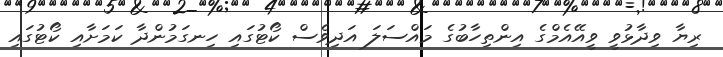
ރިޔާ ވިދާޅުވީ ވީއޭއެމްގެ އިންތިހާބުގެ މައްސަލަ އަދިވެސް ކޯޓުގައި ހިނގަމުންދާ ކަމަށާއި ކޯޓުގައި